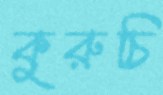
কুরুচি